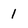
Character: 1